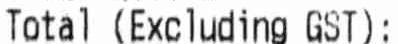
TOTAL (EXCLUDING GST):